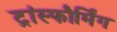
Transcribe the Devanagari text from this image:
ट्रांस्फौर्मिंग